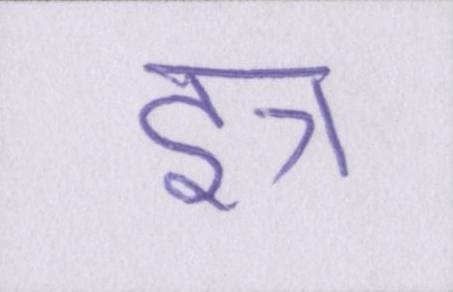
इत्र